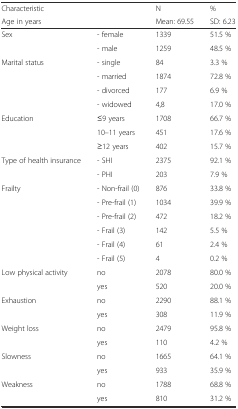
<table><thead><tr><td colspan="2"><b>Characteristic</b></td><td><b>N</b></td><td><b>%</b></td></tr><tr><td><b>Age in years</b></td><td></td><td><b>Mean: 69.55</b></td><td><b>SD: 6.23</b></td></tr></thead><tbody><tr><td>Sex</td><td>- female</td><td>1339</td><td>51.5 %</td></tr><tr><td></td><td>- male</td><td>1259</td><td>48.5 %</td></tr><tr><td>Marital status</td><td>- single</td><td>84</td><td>3.3 %</td></tr><tr><td></td><td>- married</td><td>1874</td><td>72.8 %</td></tr><tr><td></td><td>- divorced</td><td>177</td><td>6.9 %</td></tr><tr><td></td><td>- widowed</td><td>4,8</td><td>17.0 %</td></tr><tr><td>Education</td><td>≤9 years</td><td>1708</td><td>66.7 %</td></tr><tr><td></td><td>10–11 years</td><td>451</td><td>17.6 %</td></tr><tr><td></td><td>≥12 years</td><td>402</td><td>15.7 %</td></tr><tr><td>Type of health insurance</td><td>- SHI</td><td>2375</td><td>92.1 %</td></tr><tr><td></td><td>- PHI</td><td>203</td><td>7.9 %</td></tr><tr><td>Frailty</td><td>- Non-frail (0)</td><td>876</td><td>33.8 %</td></tr><tr><td></td><td>- Pre-frail (1)</td><td>1034</td><td>39.9 %</td></tr><tr><td></td><td>- Pre-frail (2)</td><td>472</td><td>18.2 %</td></tr><tr><td></td><td>- Frail (3)</td><td>142</td><td>5.5 %</td></tr><tr><td></td><td>- Frail (4)</td><td>61</td><td>2.4 %</td></tr><tr><td></td><td>- Frail (5)</td><td>4</td><td>0.2 %</td></tr><tr><td>Low physical activity</td><td>no</td><td>2078</td><td>80.0 %</td></tr><tr><td></td><td>yes</td><td>520</td><td>20.0 %</td></tr><tr><td>Exhaustion</td><td>no</td><td>2290</td><td>88.1 %</td></tr><tr><td></td><td>yes</td><td>308</td><td>11.9 %</td></tr><tr><td>Weight loss</td><td>no</td><td>2479</td><td>95.8 %</td></tr><tr><td></td><td>yes</td><td>110</td><td>4.2 %</td></tr><tr><td>Slowness</td><td>no</td><td>1665</td><td>64.1 %</td></tr><tr><td></td><td>yes</td><td>933</td><td>35.9 %</td></tr><tr><td>Weakness</td><td>no</td><td>1788</td><td>68.8 %</td></tr><tr><td></td><td>yes</td><td>810</td><td>31.2 %</td></tr></tbody></table>